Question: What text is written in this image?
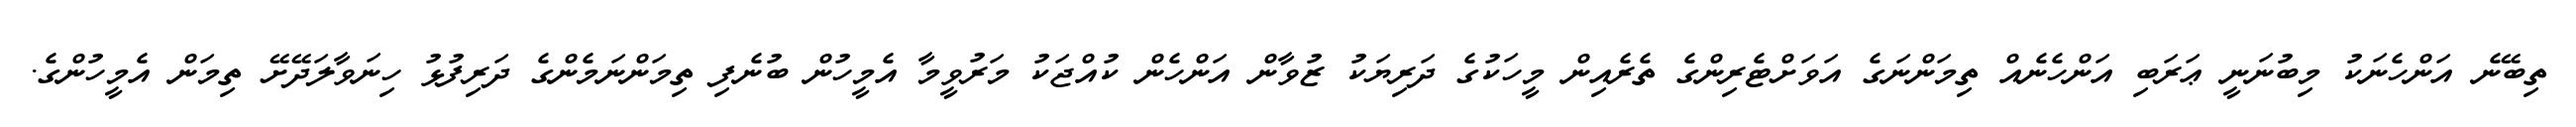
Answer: ތިބޭނެ އަންހެނަކު މިބުނަނީ ޢަރަބި އަންހެނެއް ތިމަންނަގެ އަވަށްޓެރިންގެ ތެރެއިން މީހަކުގެ ދަރިޔަކު ޒުވާން އަންހެން ކުއްޖަކު މަރުވީމާ އެމީހުން ބުނެފި ތިމަންނަމެންގެ ދަރިފުޅު ހިނަވާލަދޭށޭ ތިމަން އެމީހުންގެ.